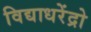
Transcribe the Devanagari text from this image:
विद्याधरेंद्रो